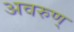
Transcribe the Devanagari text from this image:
अवरुण्